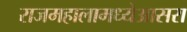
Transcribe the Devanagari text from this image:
राजमहालामध्येआसरा